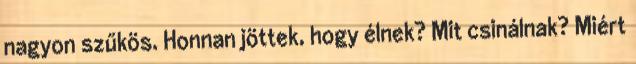
nagyon szűkös. Honnan jöttek, hogy élnek? Mit csinálnak? Miért